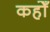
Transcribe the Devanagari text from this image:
कहोँ